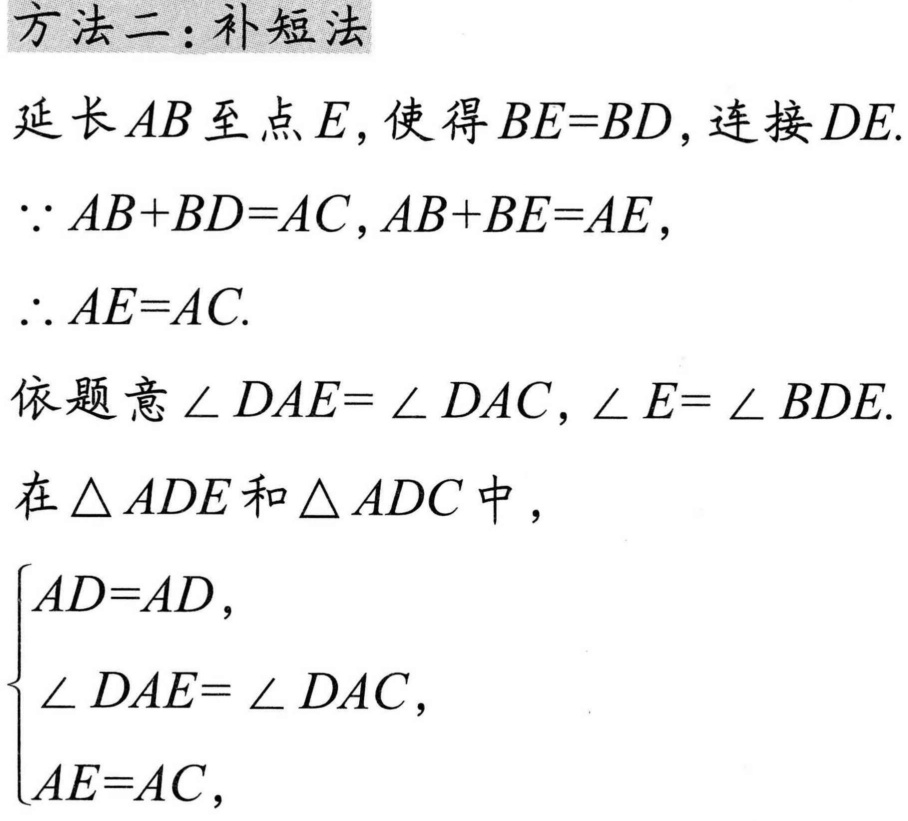
方法二：补短法
延长\(AB\)至点\(E\)，使得\(BE = BD\)，连接\(DE\).
\(\because AB + BD = AC\)，\(AB + BE = AE\)，
\(\therefore AE = AC\).
依题意\(\angle DAE=\angle DAC\)，\(\angle E=\angle BDE\).
在\(\triangle ADE\)和\(\triangle ADC\)中，
\(\begin{cases}
AD = AD,\\
\angle DAE=\angle DAC,\\
AE = AC,
\end{cases}\)